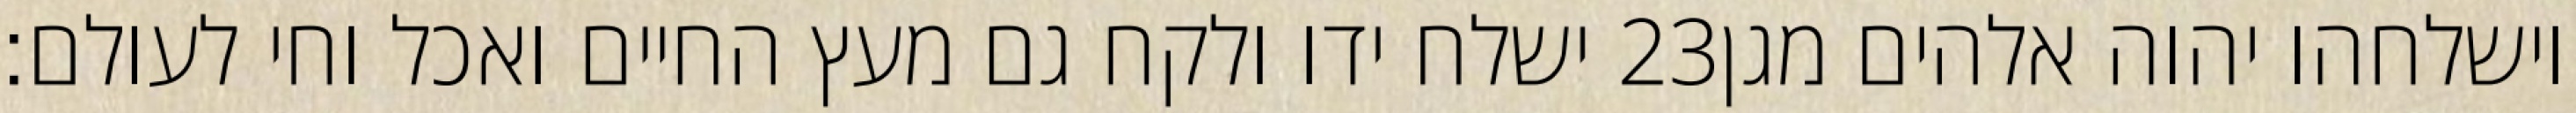
ישלח ידו ולקח גם מעץ החיים ואכל וחי לעולם׃ ‎23‏ וישלחהו יהוה אלהים מגן